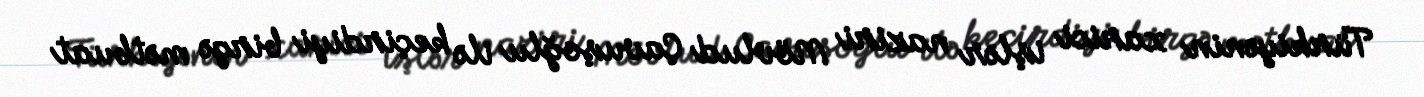
Türkiyənin xarici işlər naziri Mövlud Çavuşoğlu ilə keçirdiyi birgə mətbuat